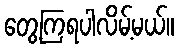
တွေ့ကြရပါလိမ့်မယ်။